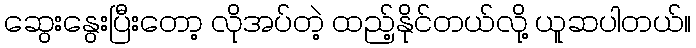
ဆွေးနွေးပြီးတော့ လိုအပ်တဲ့ ထည့်နိုင်တယ်လို့ ယူဆပါတယ်။